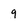
Character: 9